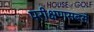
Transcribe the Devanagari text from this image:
परीक्षणसबसे